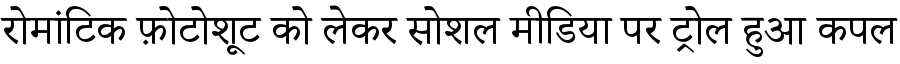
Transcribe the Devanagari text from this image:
रोमांटिक फ़ोटोशूट को लेकर सोशल मीडिया पर ट्रोल हुआ कपल